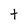
Character: t